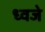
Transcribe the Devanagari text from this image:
ध्वजे